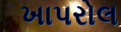
ખાપરોલ